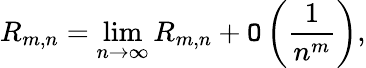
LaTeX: R_{m,n}=\operatorname*{lim}_{n\to\infty}R_{m,n}+\mathtt{O}\left({\frac{{1}}{{n^{m}}}}\right),